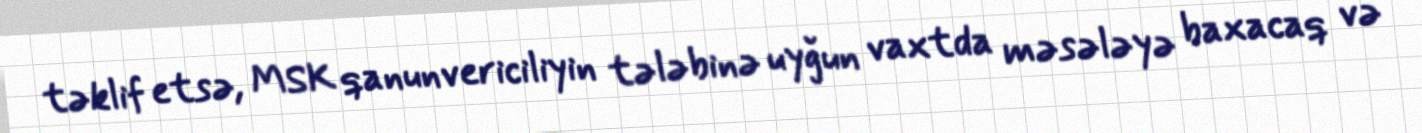
təklif etsə, MSK qanunvericiliyin tələbinə uyğun vaxtda məsələyə baxacaq və